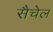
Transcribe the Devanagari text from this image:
सैचेल